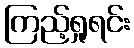
ကြည့်ရှုရင်း